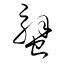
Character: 蟹